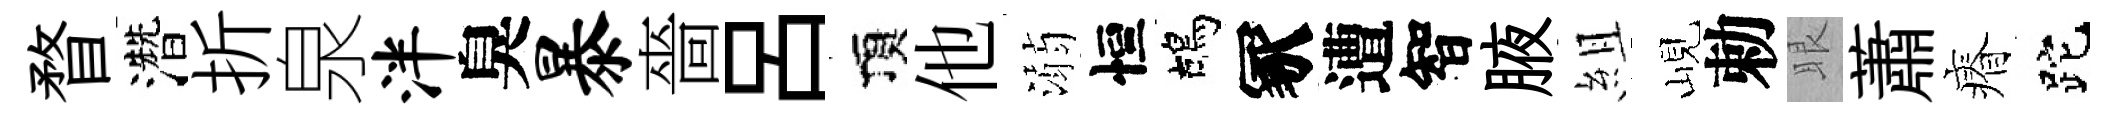
瞀濳折泉泮臭暴嗇吕頂他溺恒鴣冢遭智腋組峴勅眼蕭瘠跎